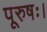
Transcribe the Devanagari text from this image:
पूरुषः।